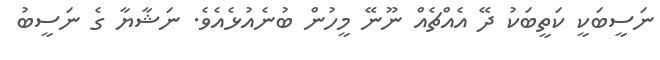
ނަސީބަކީ ކަތީބަކު ދޭ އެއްޗެއް ނޫނޭ މީހުން ބުނެއުޅެއެވެ. ނަޝާޔާ ގެ ނަސީބު